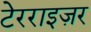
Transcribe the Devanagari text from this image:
टेरराइज़र